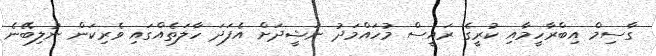
ގާސިމް އިބްރާހީމާއި ކުރީގެ ރައީސް މުހައްމަދު ނަޝީދަށް އެފަދަ ހާލަތެއްގައި ވެރިކަން ނުލިބޭނެ